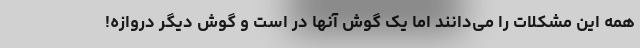
همه این مشکلات را می‌دانند اما یک گوش آنها در است و گوش دیگر دروازه!